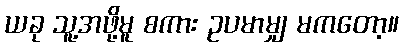
ယခု သူ့အဖို့မူ စကား ဥပမာမျှ မကတော့။